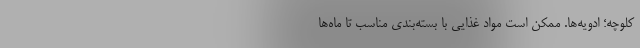
کلوچه؛ ادویه‌ها. ممکن است مواد غذایی با بسته‌بندی مناسب تا ماه‌ها